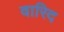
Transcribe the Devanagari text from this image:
वारिद